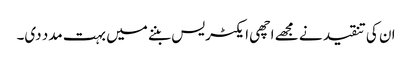
ان کی تنقید نے مجھے اچھی ایکٹریس بننے میں بہت مدد دی۔